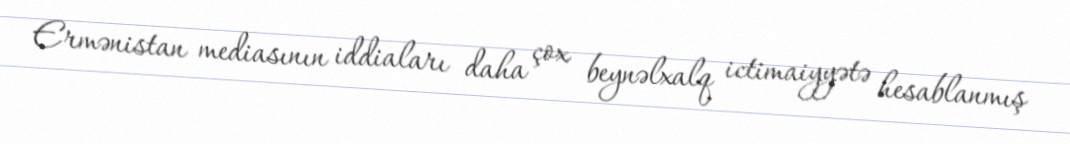
Ermənistan mediasının iddiaları daha çox beynəlxalq ictimaiyyətə hesablanmış